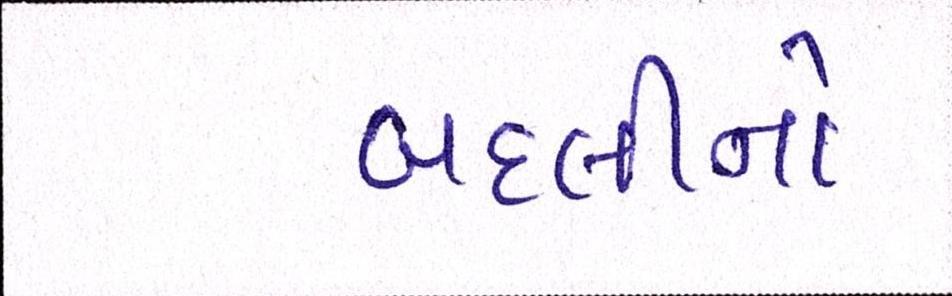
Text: બદલીનો